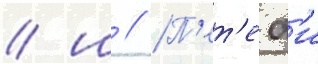
/ ш // П'ет'еф'и